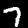
Label: 7